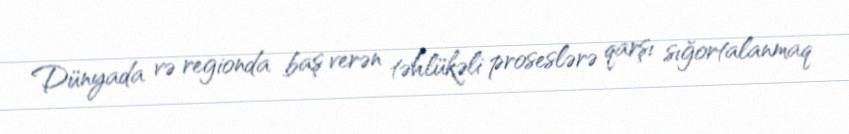
Dünyada və regionda baş verən təhlükəli proseslərə qarşı sığortalanmaq